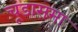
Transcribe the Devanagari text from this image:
चूडासमा